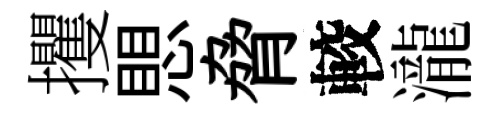
攫愳脅較瀧